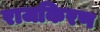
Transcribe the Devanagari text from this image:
राजकिरण